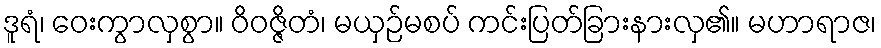
ဒူရံ၊ ဝေးကွာလှစွာ။ ဝိဝဇ္ဇိတံ၊ မယှဉ်မစပ် ကင်းပြတ်ခြားနားလှ၏။ မဟာရာဇ၊